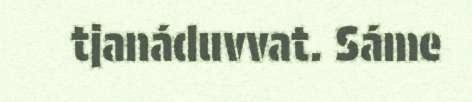
tjanáduvvat. Sáme